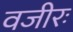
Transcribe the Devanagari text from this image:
वजीरः